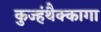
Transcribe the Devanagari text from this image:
कुज्हंथैक्कागा